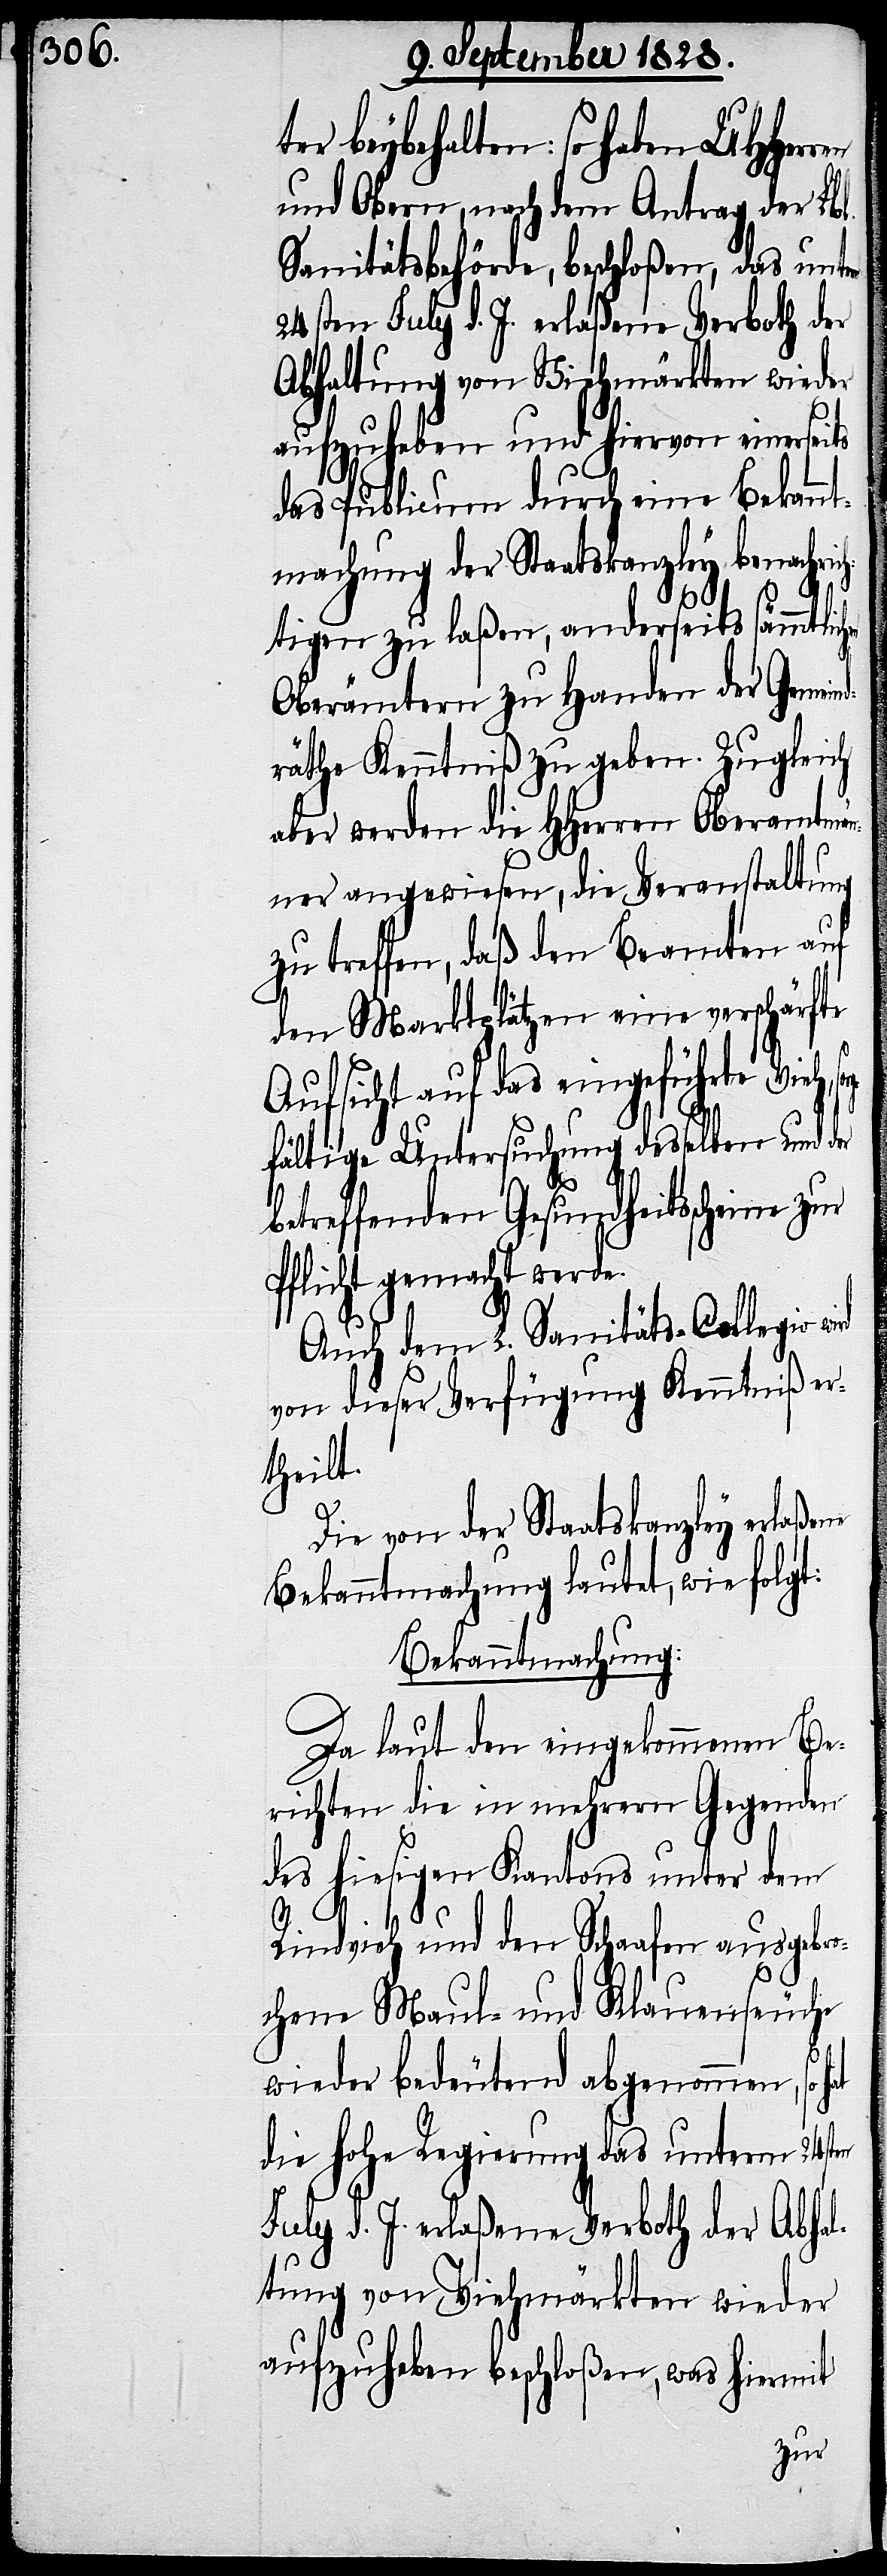
ter beybehalten, so haben UHHer¬
und Obern, nach dem Antrag der Lbl.
Sanitätsbehörde, beschloßen, das unte¬
24sten July d. J. erlaßene Verboth der
Abhaltung von Viehmärkten wieder
aufzuheben und hiervon einerseits
das Publicum durch eine Bekannt¬
machung der Staatskanzley benachric¬
hten zu laßen, anderseits sämmtlich¬
Oberämtern zu Handen der Gemein¬
dräthe Kenntniß zu geben. Zugleich
aber werden die HHerren Oberamtmän¬
ner angewiesen, die Veranstaltung
zu treffen, daß den Beamten auf
den Marktplätzen eine verschärfte
Aufsicht auf das eingeführte Vieh,
gfältige Untersuchung desselben und der
ne
betreffenden Gesundheitsscheine zur
Pflicht gemacht werde.
Auch dem L. Sanitäts-Collegio
von dieser Verfügung Kenntniß er¬
theilt.
Die von der Staatskanzley erlaße¬
Bekanntmachung lautet, wie folgt:
Bekanntmachung:
Da laut den eingekommenen Be¬
richten die in mehrern Gegenden
des hiesigen Kantons unter dem
Rindvieh und den Schaafen ausgebr¬
ochene Maul- und Klauenseuche
wieder bedeutend abgenommen, so
die hohe Regierung das unterm 24sten
July d. J. erlaßene Verboth der Abhal¬
tung von Viehmärkten wieder
aufzuheben beschloßen, was hiermit